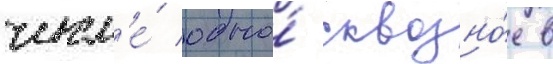
числ'е́ одно́ сквозно́е в